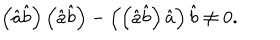
\left( \hat { a } \hat { b } \right) \left( \hat { a } \hat { b } \right) - \left( \left( \hat { a } \hat { b } \right) \hat { a } \right) \hat { b } \neq 0 .